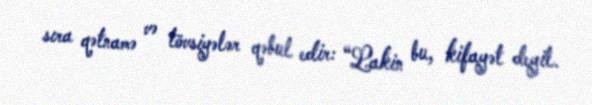
sıra qətnamə və tövsiyələr qəbul edir: “Lakin bu, kifayət deyil.